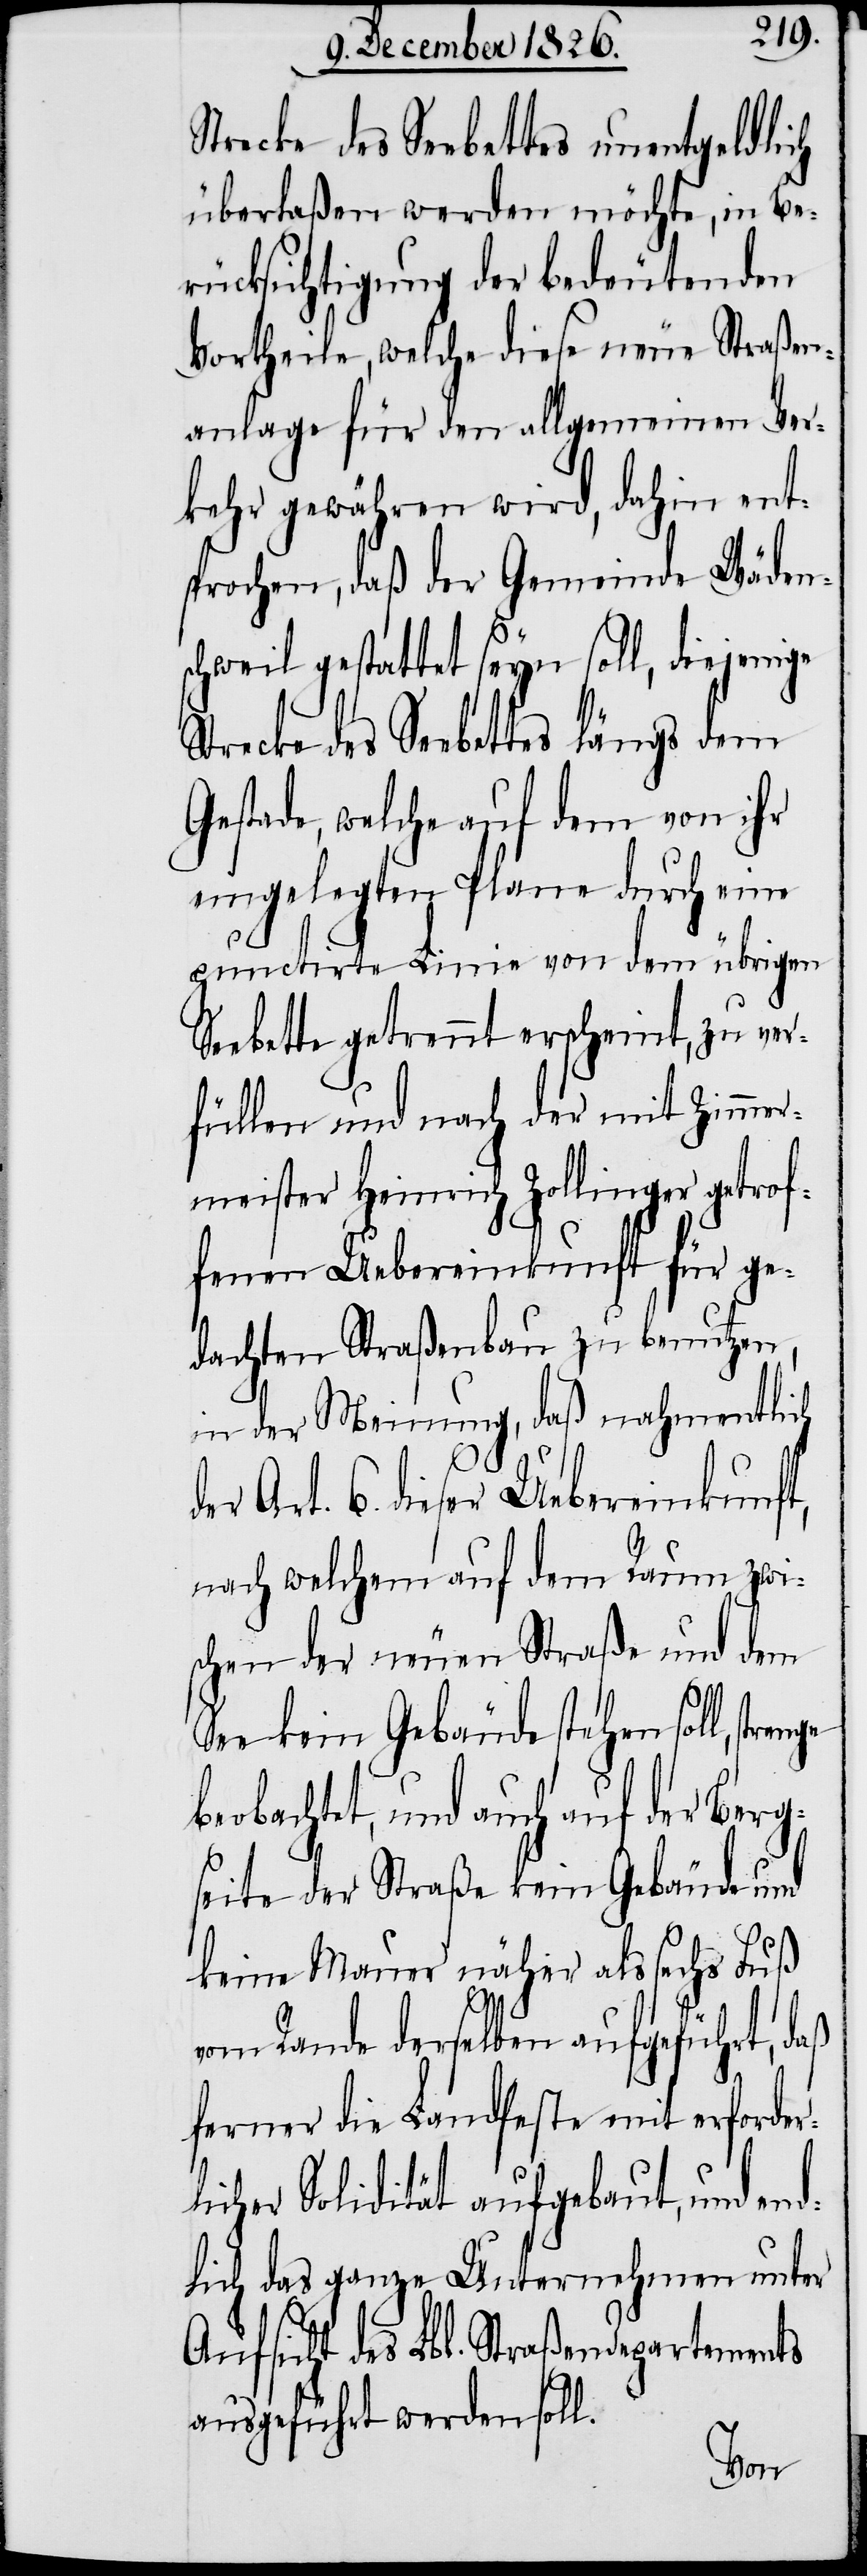
Strecke des Seebettes unentgeldlich
überlaßen werden möchte, in Be¬
rücksichtigung der bedeutenden
Vortheile, welche diese neue Straßen¬
anlage für den allgemeinen Ver¬
kehr gewähren wird, dahin ent¬
sprochen, daß der Gemeinde Wäden¬
schweil gestattet seyn soll, diejenige
Strecke des Seebettes längs dem
Gestade, welche auf dem von ihr
eingelegten Plane durch eine
punctirte Linie von dem übrigen
Seebette getrennt erscheint, zu ver¬
füllen und nach der mit Zimmer¬
meister Heinrich Zollinger getrof¬
fenen Uebereinkunft für ge¬
dachten Straßenbau zu benutzen,
in der Meinung, daß nahmentlich
beo¬
der Art. 6. dieser Uebereinkunft,
nach welchem auf dem Raum zwi¬
schen der neuen Straße und dem
See kein Gebäude stehen soll, stre¬
bachtet, und auch auf der Berg¬
seite der Straße kein Gebäude und
keine Mauer näher als sechs Fuß
vom Rande derselben aufgeführt, daß
ferner die Landfeste mit erforder¬
licher Solidität aufgebaut, und end¬
lich das ganze Unternehmen unter
Aufsicht des Lbl. Straßendepartements
ausgeführt werden soll.